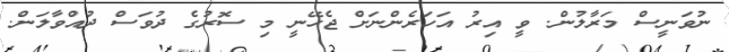
ނުވަނީސް މަރާލުން. ވީ އިރު އަހަރެންނަށް ޖެހޭނީ މި ސޮރުގެ ދުވަސް ދުއްވާލަން.